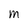
Character: M